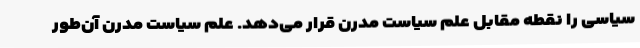
سیاسی را نقطه مقابل علم سیاست مدرن قرار می‌دهد. علم سیاست مدرن آن‌طور